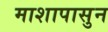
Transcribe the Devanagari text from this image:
माशापासुन